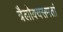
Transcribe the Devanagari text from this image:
त्रैलोक्यसमतां